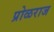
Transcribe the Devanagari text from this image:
प्रोळराज